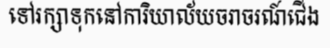
ទៅរក្សាទុកនៅការិយាល័យចរាចរណ៍ជើង